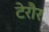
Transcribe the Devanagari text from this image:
टेरौर